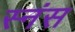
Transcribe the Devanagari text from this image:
स्नंस